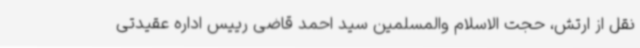
نقل از ارتش، حجت الاسلام والمسلمین سید احمد قاضی رییس اداره عقیدتی